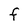
Character: F